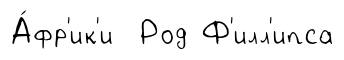
А́фр'ик'и Род Ф'илл'ипса